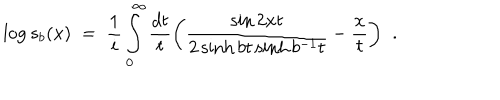
\log s _ { b } ( x ) \; = \; \frac { 1 } { i } \int _ { 0 } ^ { \infty } \frac { d t } { t } \biggl ( \frac { \sin 2 x t } { 2 \sinh b t \sinh b ^ { - 1 } t } - \frac { x } { t } \biggl ) \; \; .